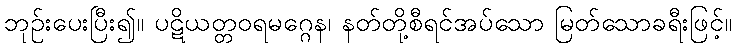
ဘုဉ်းပေးပြီး၍။ ပဋိယတ္တဝရမဂ္ဂေန၊ နတ်တို့စီရင်အပ်သော မြတ်သောခရီးဖြင့်။